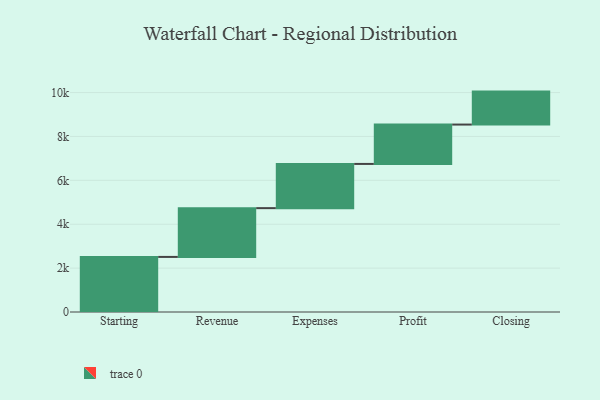
{"axis": {"x": "Step", "y": "Value"}, "legend": [""], "data": [{"x": "Starting", "y": 2510.0, "type": ""}, {"x": "Revenue", "y": 2223.0, "type": ""}, {"x": "Expenses", "y": 2015.0, "type": ""}, {"x": "Profit", "y": 1794.0, "type": ""}, {"x": "Closing", "y": 1502.0, "type": ""}]}